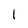
Character: 1